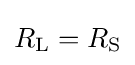
R_{\text{L}}=R_{\text{S}}